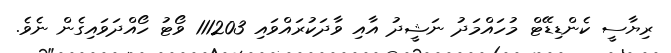
ރިޔާސީ ކެންޑިޑޭޓް މުހައްމަދު ނަޝީދު އާއި ވާދަކުރައްވައި 111203 ވޯޓު ހޯއްދަވައިގެން ނެވެ.